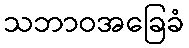
သဘာဝအခြေခံ